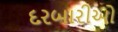
દરબારીઓ